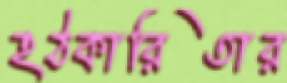
হঠকারিতার